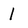
Character: 1